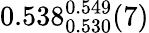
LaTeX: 0.538_{0.530}^{0.549}(7)